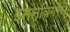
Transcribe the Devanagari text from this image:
इनस्विंगरने